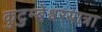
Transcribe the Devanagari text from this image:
कुटुम्बेश्वरयात्रा